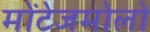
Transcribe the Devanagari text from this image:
मोंटेजमोलो